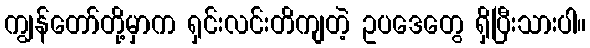
ကျွန်တော်တို့မှာက ရှင်းလင်းတိကျတဲ့ ဥပဒေတွေ ရှိပြီးသားပါ။